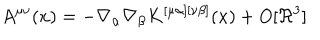
A ^ { \mu \nu } ( x ) = - \nabla _ { \alpha } \nabla _ { \beta } K ^ { [ \mu \alpha ] [ \nu \beta ] } ( x ) + O [ \Re ^ { 3 } ]